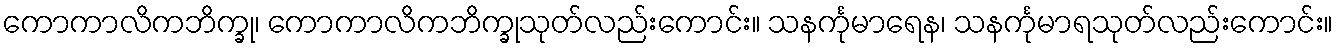
ကောကာလိကဘိက္ခု၊ ကောကာလိကဘိက္ခုသုတ်လည်းကောင်း။ သနင်္ကုမာရေန၊ သနင်္ကုမာရသုတ်လည်းကောင်း။